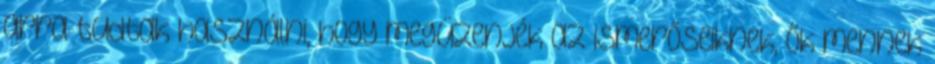
arra tudtak használni, hogy megüzenjék az ismerőseiknek, ők mennek